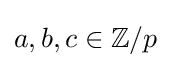
a,b,c\in \mathbb {Z} /p